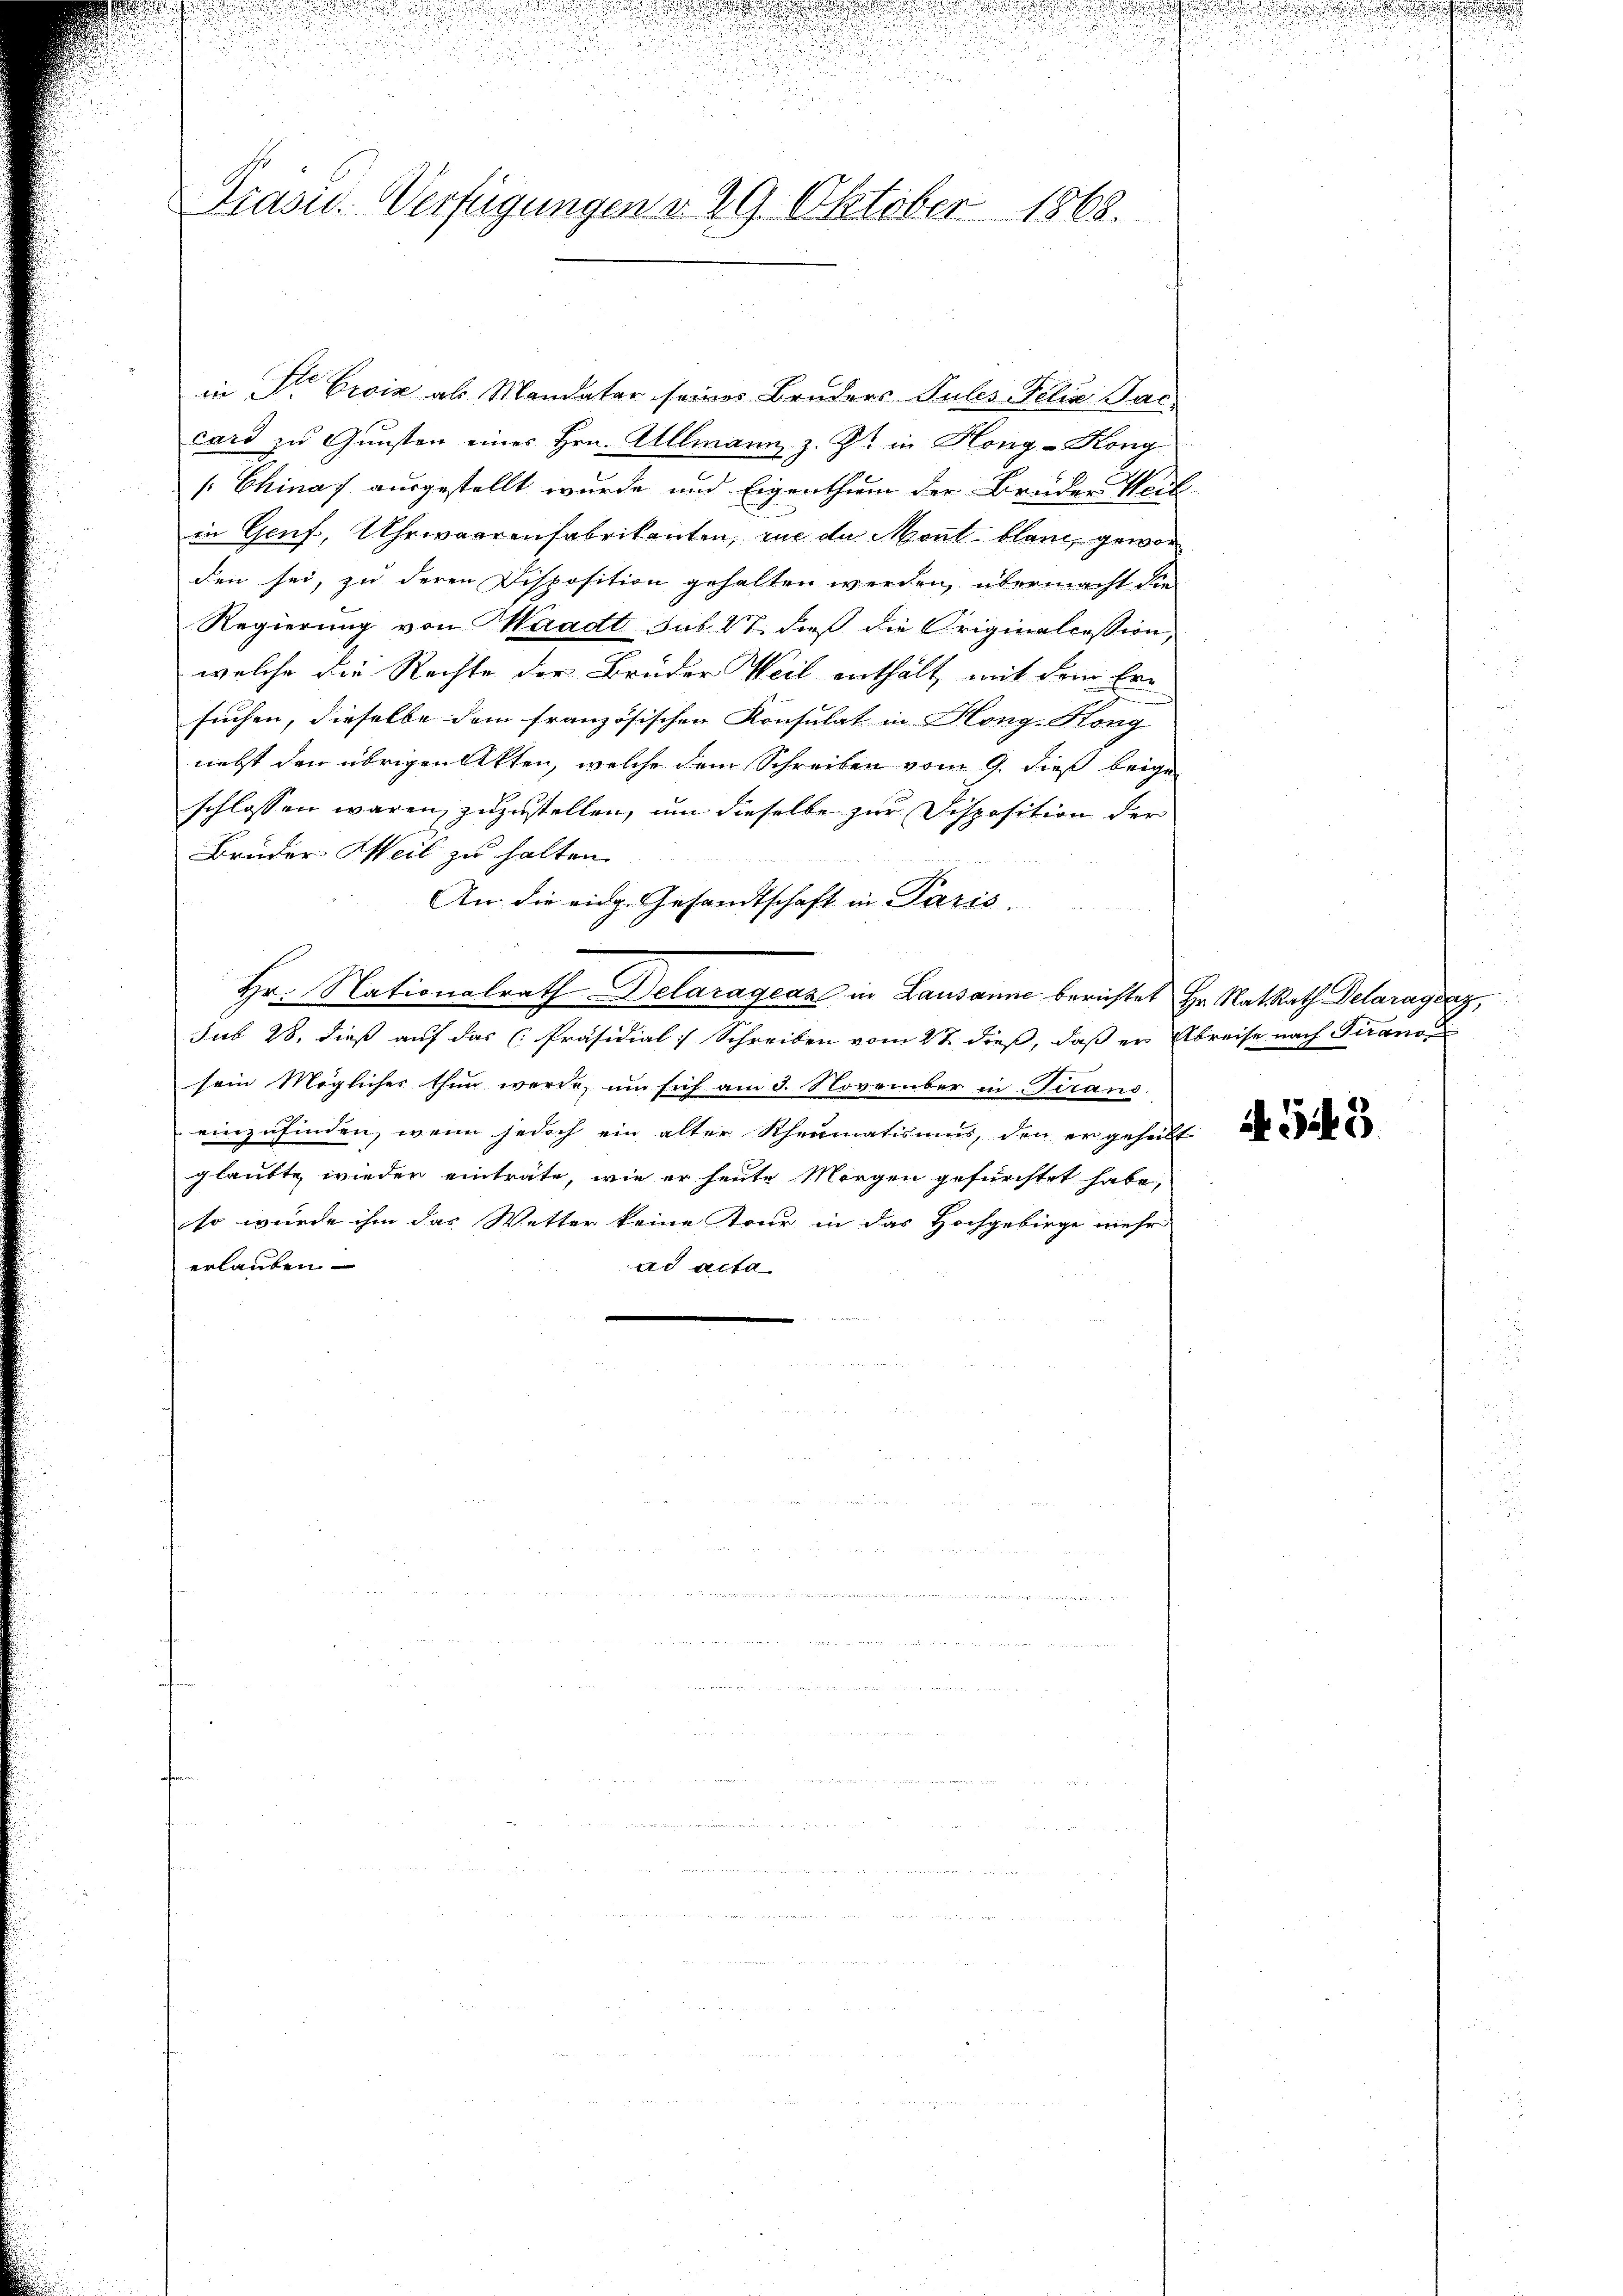
Präsid. Verfügungen d. 29 Oktober 1868.

in Dr Croix als Mandatar seines Bruders Puler Filia Sac
card zu Gunsten eines Hrn. Allmann, z. Zt. in Hong-Kong
[Chinaf ausgestellt wurde und Eigenthum der Bruder Weil
in Genf, Uhrwaarenfabrikanten, wie da Mont blau, gewor
den sei, zu deren Disposition gehalten werden, übermacht die
Regierung von Waadt sub 27. dieß die Originalcession,
welche die Rechte der Brüder Weil enthält, mit dem Ersuchen, dieselbe dem französischen Konsulat in Heng-Kong
nebst den übrigen Akten, welche dem Schreiben vom 9. dieß beige
schlossen waren zuzustellen, um dieselbe zur Disposition der
Bruder Weil zu halten.
An die eidg. Gesandtschaft in Paris.
Hr. Nationalrath Delaragenz in Lausanne berichtet Hr. Rath Rath Delaragraz,
sub 28. dieß auf das Präsidial] Schreiben vom 27. dieß, daß er Abreise nach Tirano
sein Mögliches thun werde, um sich am 3. November in Terand:
einzufinden, wenn jedoch ein alter Rheumatismus, den er geheilt
glaubte wieder einträte, wie er heute Morgen gefürchtet habe,
so wurde ihm das Wetter keine Kour in das Hochgebirge mehr
erlauben
ad acta

u

AG45.